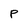
Character: P